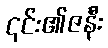
၎င်း၏ဇနီး